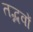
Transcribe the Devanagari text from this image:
तद्भवों